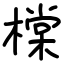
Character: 橖